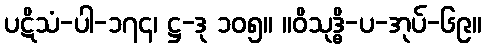
ပဋိသံ-ပါ-၁၇၄၊ ဋ္ဌ-ဒု ၁၀၅။ ။ဝိသုဒ္ဓိ-ပ-အုပ်-၆၉။